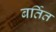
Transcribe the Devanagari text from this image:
बर्तित